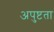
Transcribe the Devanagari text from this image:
अपुष्टता